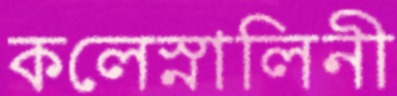
কলেস্নালিনী